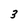
Character: 3